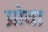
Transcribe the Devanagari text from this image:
प्रोवा